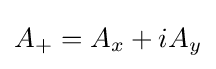
A_{+}=A_{x}+iA_{y}